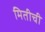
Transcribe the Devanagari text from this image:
मितीची